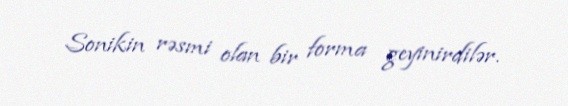
Sonikin rəsmi olan bir forma geyinirdilər.